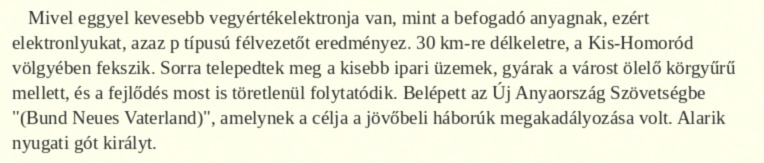
Mivel eggyel kevesebb vegyértékelektronja van, mint a befogadó anyagnak, ezért elektronlyukat, azaz p típusú félvezetőt eredményez. 30 km-re délkeletre, a Kis-Homoród völgyében fekszik. Sorra telepedtek meg a kisebb ipari üzemek, gyárak a várost ölelő körgyűrű mellett, és a fejlődés most is töretlenül folytatódik. Belépett az Új Anyaország Szövetségbe "(Bund Neues Vaterland)", amelynek a célja a jövőbeli háborúk megakadályozása volt. Alarik nyugati gót királyt.